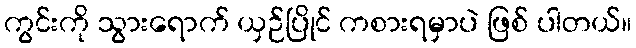
ကွင်းကို သွားရောက် ယှဉ်ပြိုင် ကစားရမှာပဲ ဖြစ် ပါတယ်။